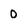
Character: 0